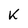
Character: K